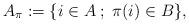
LaTeX: \begin{align*} A_\pi := \{ i \in A \; ; \; \pi(i)\in B \},\end{align*}